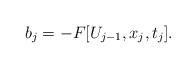
LaTeX: \begin{align*}b_j=-F[U_{j-1},x_j,t_j].\end{align*}